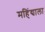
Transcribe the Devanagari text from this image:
महिंद्याला